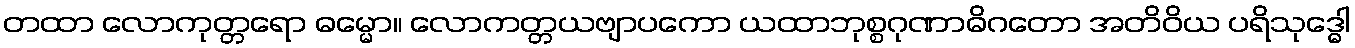
တထာ လောကုတ္တရော ဓမ္မော။ လောကတ္တယဗျာပကော ယထာဘုစ္စဂုဏာဓိဂတော အတိဝိယ ပရိသုဒ္ဓေါ